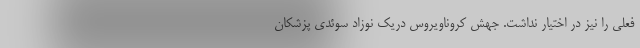
فعلی را نیز در اختیار نداشت. جهش کروناویروس دریک نوزاد سوئدی پزشکان